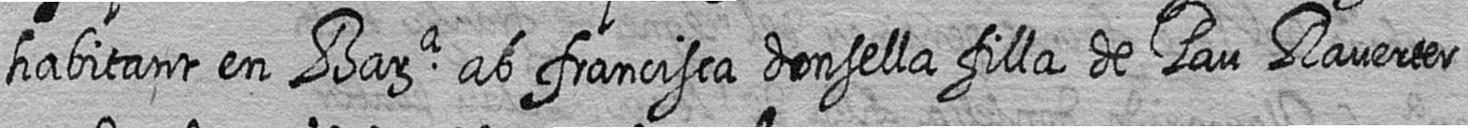
habitant en Bara ab francisca donsella filla de Pau Raverter